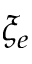
\xi _ { e }